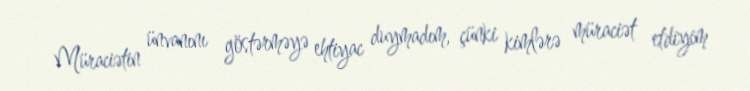
Müraciətin ünvanını göstərməyə ehtiyac duymadım, çünki kimlərə müraciət etdiyim